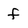
Character: f